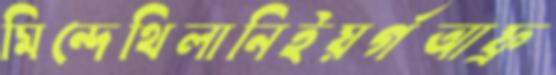
মিন্দেথিলানিইয়র্গআফ্র